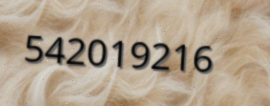
542019216